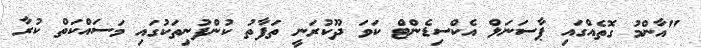
"އާންމު ގޮތެއްގައި ޕާސަނަލް އެކްސިޑެންޓް ކަވަ ދޫކުރަނީ ތަފާތު ކުންފުނިތަކުގައި މަސައްކަތް ކުރާ